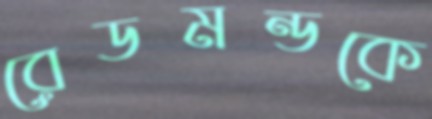
রেডমন্ডকে